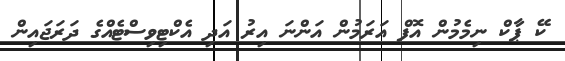
ކޭ ޕާކް ނިމެމުން އޮފް އަރަމުން އަންނަ އިރު އަދި އެކްޓިވިސްޓެއްގެ ދަރަޖައިން